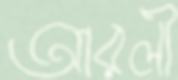
আরলী